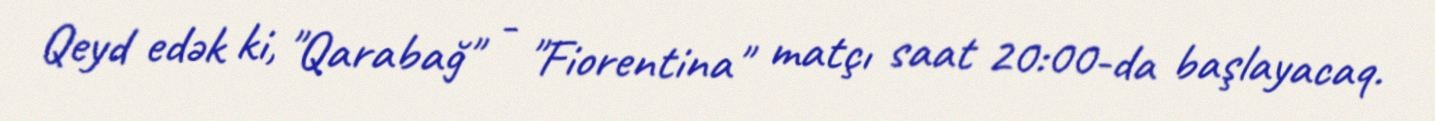
Qeyd edək ki, "Qarabağ" - "Fiorentina" matçı saat 20:00-da başlayacaq.